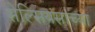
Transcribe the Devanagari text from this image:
सेल्सियसांच्या